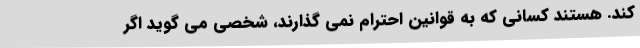
کند. هستند کسانی که به قوانین احترام نمی گذارند، شخصی می گوید اگر